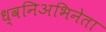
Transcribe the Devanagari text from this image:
ध्वनिअभिनेता